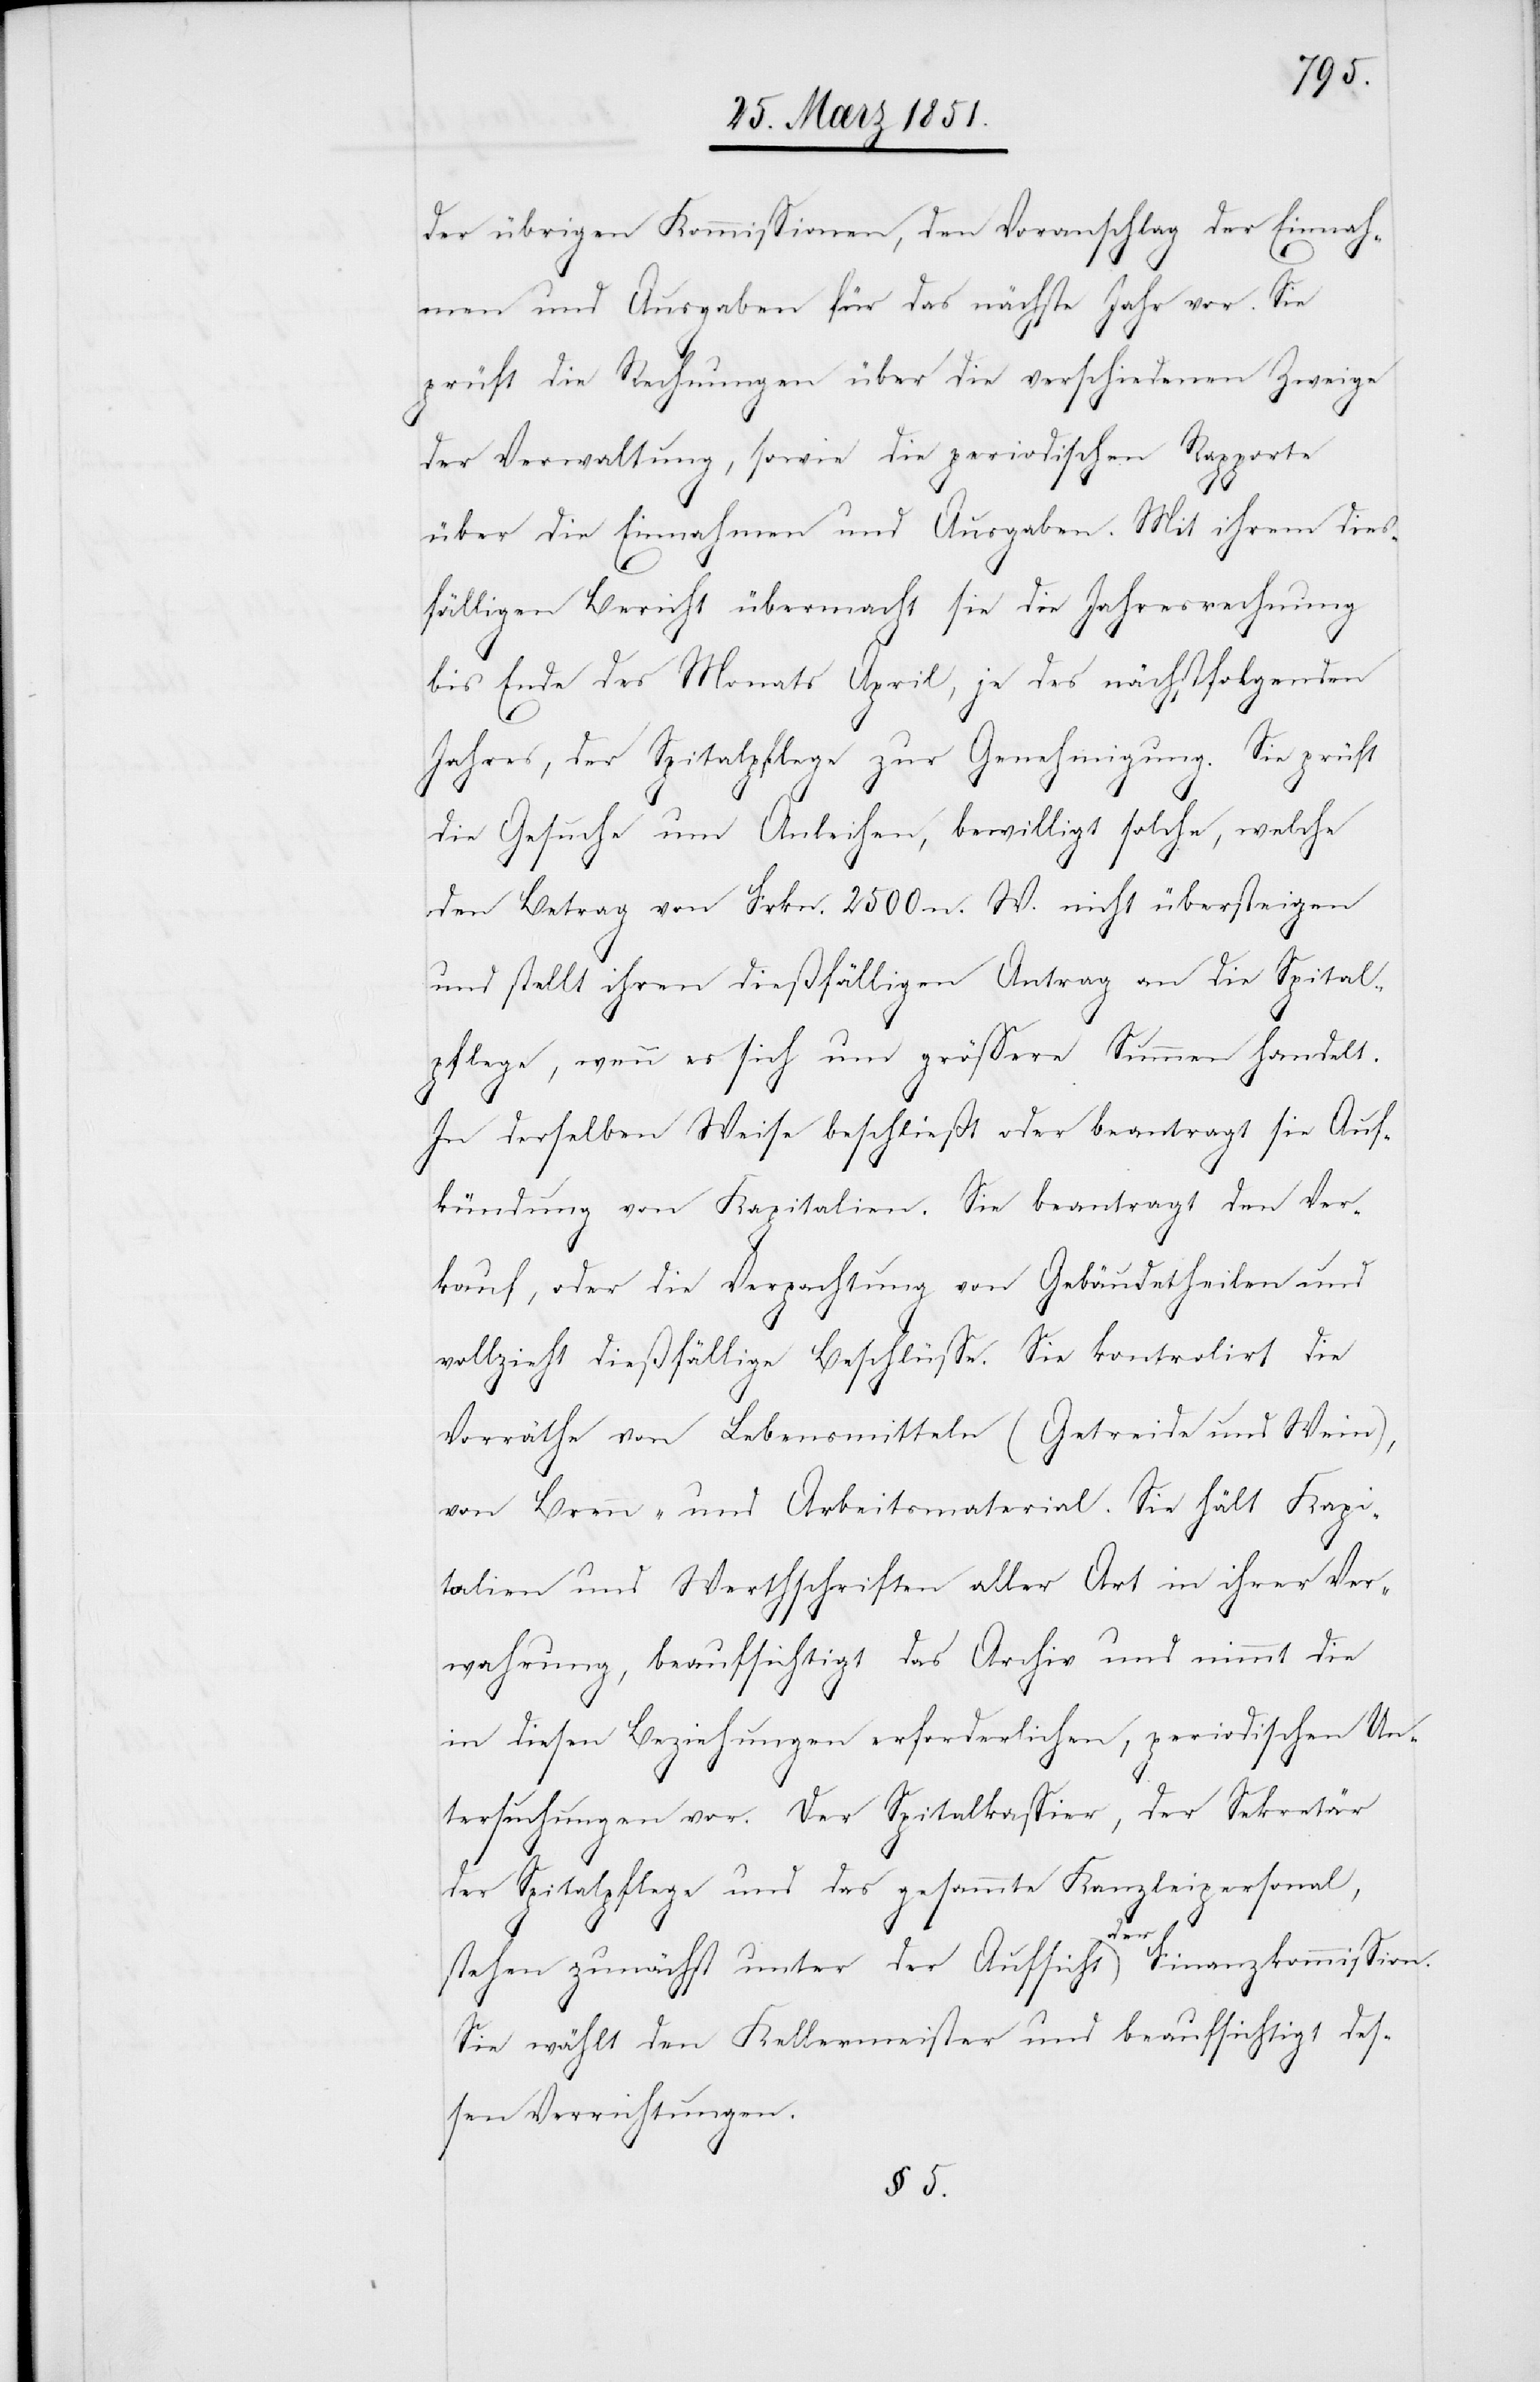
der übrigen Kommissionen, den Voranschlag der Einnah¬
men und Ausgaben für das nächste Jahr vor. Sie
prüft die Rechnungen über die verschiedenen Zweige
der Verwaltung, sowie die periodischen Rapporte
über die Einnahmen und Ausgaben. Mit ihrem dies¬
fälligen Bericht übermacht sie die Jahresrechnung
bis Ende des Monats April, je des nächstfolgenden
Jahres, der Spitalpflege zur Genehmigung. Sie prüft
die Gesuche um Anleihen, bewilligt solche, welche
den Betrag von Frkn. 2500 n. W. nicht übersteigen
und stellt ihren dießfälligen Antrag an die Spital¬
pflege, wenn es sich um grössere Summen handelt.
In derselben Weise beschließt oder beantragt sie Auf¬
kündung von Kapitalien. Sie beantragt den Ver¬
kauf, oder die Verpachtung von Gebäudetheilen und
vollzieht dießfällige Beschlüsse. Sie kontrolirt die
Vorräthe von Lebensmitteln (Getreide und Wein),
von Brenn- und Arbeitsmaterial. Sie hält Kapi¬
talien und Werthschriften aller Art in ihrer Ver¬
wahrung, beaufsichtigt das Archiv und nimmt die
in diesen Beziehungen erforderlichen, periodischen Un¬
tersuchungen vor. Der Spitalkassier, der Sekretär
der Spitalpflege und das gesammte Kanzleipersonal,
stehen zunächst unter der Aufsicht der Finanzkommission.
Sie wählt den Kellermeister und beaufsichtigt des¬
sen Verrichtungen.
§ 5.